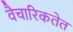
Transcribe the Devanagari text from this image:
वैचारिकतेत